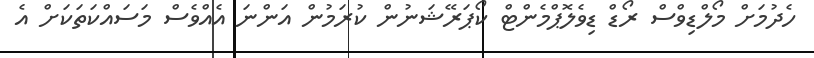
ހެދުމަށް މޯލްޑިވްސް ރޯޑް ޑިވެލޮޕްމެންޓް ކޯޕަރޭޝަނުން ކުރަމުން އަންނަ އެއްވެސް މަސައްކަތަކަށް އެ